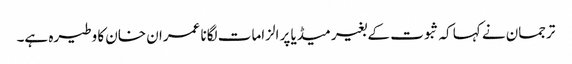
ترجمان نے کہا کہ ثبوت کے بغیر میڈیا پر الزامات لگانا عمران خان کا وطیرہ ہے۔